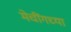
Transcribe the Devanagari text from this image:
मेचींगच्या